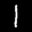
Label: 1